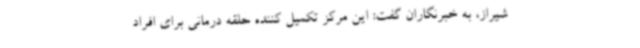
شیراز، به خبرنگاران گفت: این مرکز تکمیل کننده حلقه درمانی برای افراد